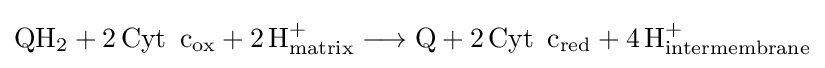
{\mathrm {QH} {\vphantom {A}}_{\smash[{t}]{2}}{}+{}2\,\mathrm {Cyt} \,~\mathrm {c} {\vphantom {A}}_{\smash[{t}]{\mathrm {ox} }}{}+{}2\,\mathrm {H} {\vphantom {A}}_{\smash[{t}]{\mathrm {matrix} }}^{+}{}\mathrel {\longrightarrow } {}\mathrm {Q} {}+{}2\,\mathrm {Cyt} \,~\mathrm {c} {\vphantom {A}}_{\smash[{t}]{\mathrm {red} }}{}+{}4\,\mathrm {H} {\vphantom {A}}_{\smash[{t}]{\mathrm {intermembrane} }}^{+}}